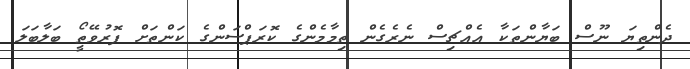
ދެންތިޔަ ނޫސް ބަޔާންތަކާ އެއްޗިސް ނެރެގެން ތިމާމެންގެ ކޮރަޕްސަންގެ ކަންތަށް ފޮރުވޭތޯީ ބަލާބަލަ